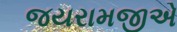
જયરામજીએ